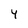
Character: y